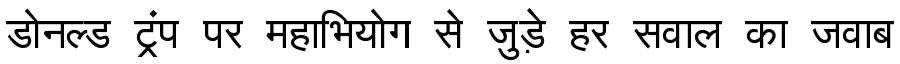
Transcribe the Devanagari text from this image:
डोनल्ड ट्रंप पर महाभियोग से जुड़े हर सवाल का जवाब